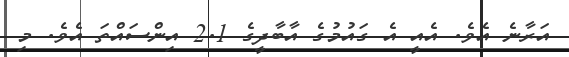
އަރާނެ އެވެ. އެއީ އެ ގައުމުގެ އާބާދީގެ 2.1 އިންސައްތަ އެވެ. މި